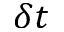
\delta t